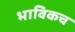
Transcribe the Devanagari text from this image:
भाविकच